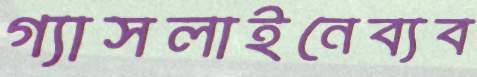
গ্যাসলাইনেব্যব